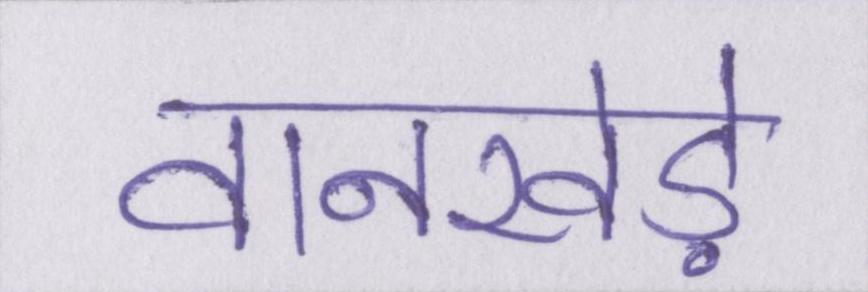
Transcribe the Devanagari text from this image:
वानखेड़े